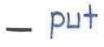
- put